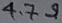
Text: 4.7Ω